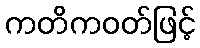
ကတိကဝတ်ဖြင့်